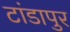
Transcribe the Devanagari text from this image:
टांडापुर